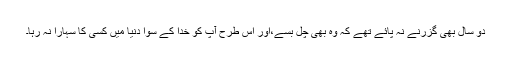
دو سال بھی گزرنے نہ پائے تھے کہ وہ بھی چل بسے،اور اس طرح آپ کو خدا کے سوا دنیا میں کسی کا سہارا نہ رہا۔